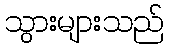
သွားများသည်